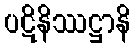
ပဋိနိဿဋ္ဌာနိ